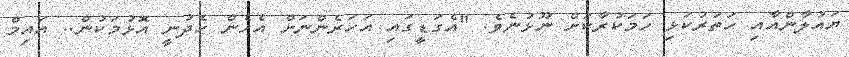
ޔައުލާންއާއި ހަތަރުކަޅި ހަމަކުރާކަށް ނޫޅުނެވެ. "އެގަޑީގައި އަހަރެންނަށް އެހެން ހެދުނީ އޮޅުމަކުން.. އައިމް